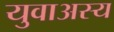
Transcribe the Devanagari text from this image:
युवाअस्य